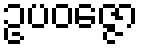
ဥပဝဇ္ဇော